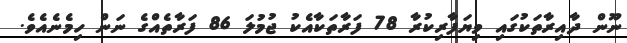
ނޫން ދާއިރާތަކުގައި ވިޔަފާރިކުރާ 78 ފަރާތަކާއެކު ޖުމުލަ 86 ފަރާތެއްގެ ނަން ހިމެނެއެވެ.